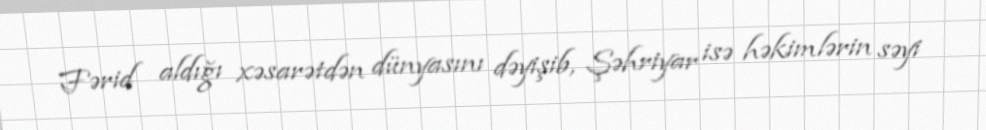
Fərid aldığı xəsarətdən dünyasını dəyişib, Şəhriyar isə həkimlərin səyi